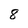
Character: 8